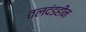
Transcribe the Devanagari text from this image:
तलदंडहीन